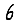
Digit: 6